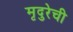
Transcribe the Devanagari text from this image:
मृदुरेची